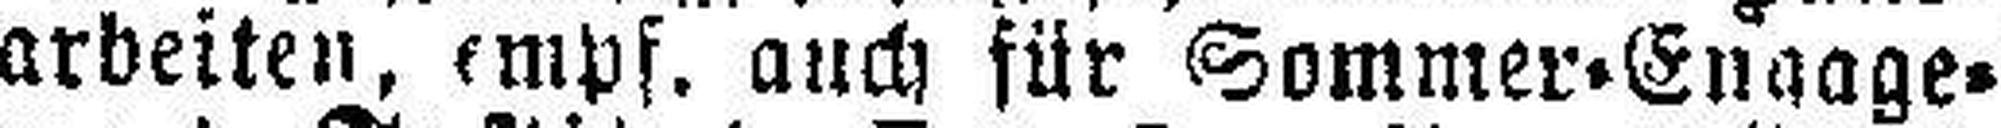
arbeiten, empf. auch für Sommer=Engage¬